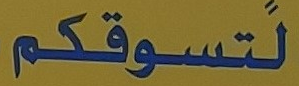
لتسوقكم